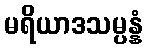
မရိယာဒသမ္ပန္နံ